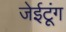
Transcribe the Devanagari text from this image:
जेईटूंग